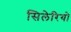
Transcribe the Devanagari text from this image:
सिलेरियो